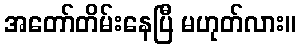
အတော်တိမ်းနေပြီ မဟုတ်လား။